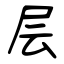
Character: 层